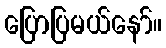
ပြောပြမယ်နော်။